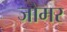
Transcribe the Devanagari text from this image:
जोमर